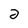
Character: 2